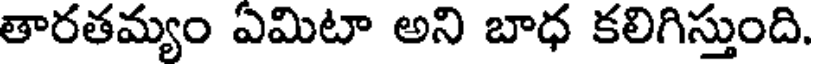
తారతమ్యం ఏమిటా అని బాధ కలిగిస్తుంది.